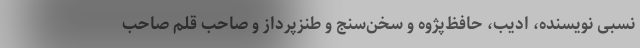
نسبی نویسنده، ادیب، حافظ‌پژوه و سخن‌سنج و طنزپرداز و صاحب قلم صاحب